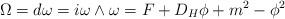
LaTeX: \begin{align*}\Omega =d\omega =i\omega \wedge \omega =F +D_H \phi +m^2 -\phi^2\end{align*}